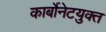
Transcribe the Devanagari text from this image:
कार्बोनेटयुक्त